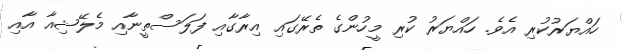
ހައްޔަރުކުރި އެވެ. ހައްޔަރު ކުރި މީހުންގެ ތެރޭގައި އިރާގާއި ފަލަސްތީނާއި މެލޭޝިއާ އާއި